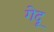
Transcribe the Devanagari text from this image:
गेदू